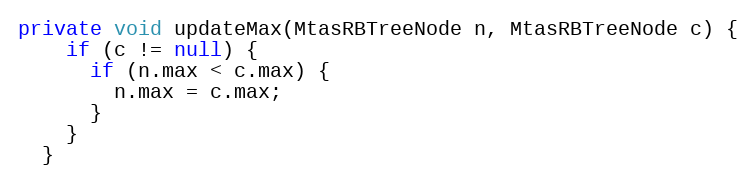
Language: Java
private void updateMax(MtasRBTreeNode n, MtasRBTreeNode c) {
    if (c != null) {
      if (n.max < c.max) {
        n.max = c.max;
      }
    }
  }